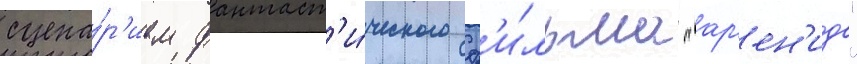
сцена́р'ием фантаст'и́ческого ф'и́льма "ар'ен'ида"